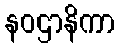
နဝဌာနိကာ